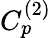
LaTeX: C_{p}^{(2)}